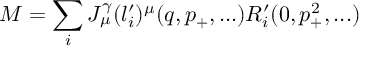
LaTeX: { \cal M } = \sum _ { i } J _ { \mu } ^ { \gamma } ( l _ { i } ^ { \prime } ) ^ { \mu } ( q , p _ { + } , . . . ) R _ { i } ^ { \prime } ( 0 , p _ { + } ^ { 2 } , . . . )